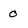
Character: 0